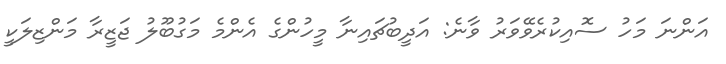
އަންނަ މަހު ސޮއިކުރެވޭވަރު ވާނެ: އަދީބުޗައިނާ މީހުންގެ އެންމެ މަގުބޫލު ޖަޒީރާ މަންޒިލަކީ